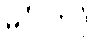
မင်္ဂလာဒုံ